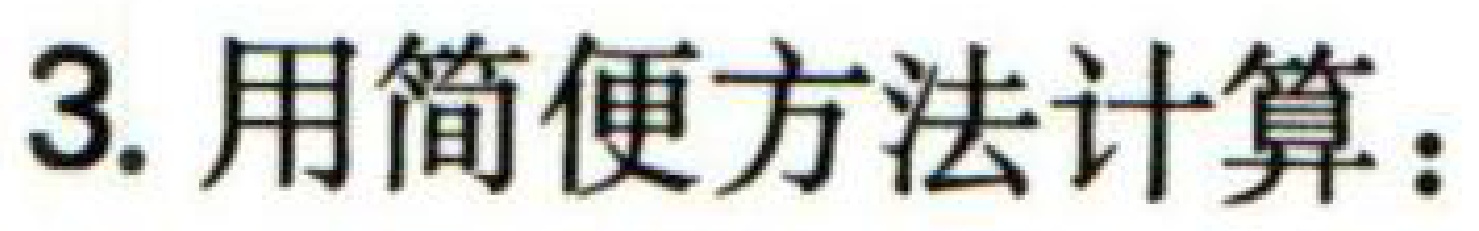
3. 用简便方法计算：